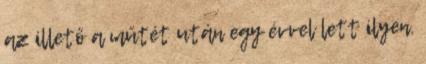
az illető a műtét után egy évvel lett ilyen.